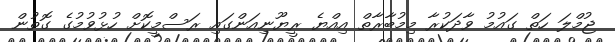
ޖުމްލަ ހަތް ގައުމު ވާދަކުރާ މިމުބާރާތް އިއްޔެ ރީޔޫނިއަންގައި ރަސްމީކޮށް ހުޅުވުމުގެ ގޮތުން